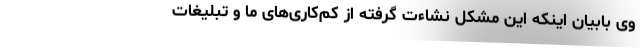
وی بابیان اینکه این مشکل نشاءت گرفته از کم‌کاری‌های ما و تبلیغات